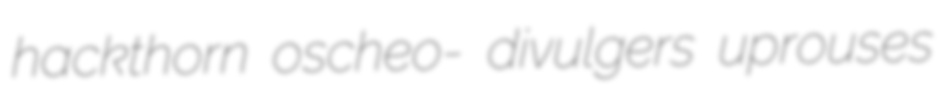
hackthorn oscheo- divulgers uprouses